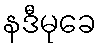
နဒီမုခေ